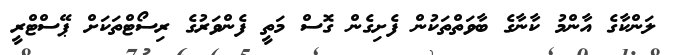
ލަންކާގެ އާންމު ކާނާގެ ބާވަތްތަކުން ފެށިގެން ގޮސް މަތީ ފެންވަރުގެ ރިސޯޓްތަކަށް ޕޭސްޓްރީ